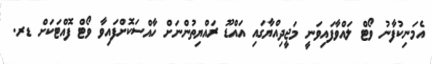
އެމަނިކުފާނު ވޯޓް ލައްވާފައިވަނީ މަޖީދިއްޔާގައި އައްޑޫ ރައްޔިތުންނަށް ހާއްސަކޮށްފައިވާ ވޯޓް ފޮއްޓަކަށް ޑރ.